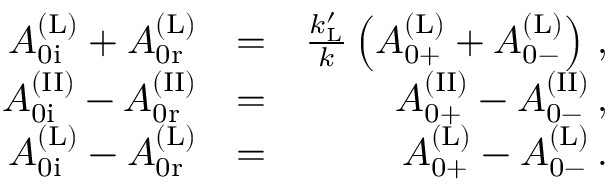
\begin{array} { r l r } { A _ { \mathrm { 0 i } } ^ { \mathrm { ( L ) } } + A _ { \mathrm { 0 r } } ^ { \mathrm { ( L ) } } } & { = } & { \frac { k _ { \mathrm { L } } ^ { \prime } } { k } \left( A _ { \mathrm { 0 + } } ^ { \mathrm { ( L ) } } + A _ { \mathrm { 0 - } } ^ { \mathrm { ( L ) } } \right) \, , } \\ { A _ { \mathrm { 0 i } } ^ { \mathrm { ( I I ) } } - A _ { \mathrm { 0 r } } ^ { \mathrm { ( I I ) } } } & { = } & { A _ { \mathrm { 0 + } } ^ { \mathrm { ( I I ) } } - A _ { \mathrm { 0 - } } ^ { \mathrm { ( I I ) } } \, , } \\ { A _ { \mathrm { 0 i } } ^ { \mathrm { ( L ) } } - A _ { \mathrm { 0 r } } ^ { \mathrm { ( L ) } } } & { = } & { A _ { \mathrm { 0 + } } ^ { \mathrm { ( L ) } } - A _ { \mathrm { 0 - } } ^ { \mathrm { ( L ) } } \, . } \end{array}